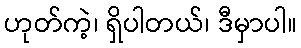
ဟုတ်ကဲ့၊ ရှိပါတယ်၊ ဒီမှာပါ။